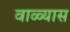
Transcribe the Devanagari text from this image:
वाळ्यास